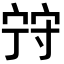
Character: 𡨺